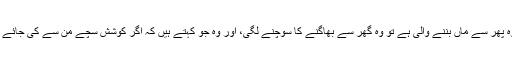
نگہت کو جب معلوم ہوا کہ وہ پھر سے ماں بننے والی ہے تو وہ گھر سے بھاگنے کا سوچنے لگی، اور وہ جو کہتے ہیں کہ اگر کوشش سچے من سے کی جائے تو کامیابی ضرور ملتی ہے۔